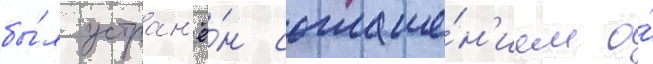
бы́л устран'ё́н соглаше́н'ием о́